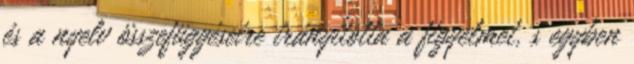
és a nyelv összefüggéseire irányította a figyelmet, s egyben